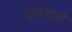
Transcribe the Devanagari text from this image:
मुखवाणी